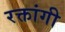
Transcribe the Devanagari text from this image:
रक्तांगी